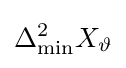
\Delta _{\mathrm {min} }^{2}X_{\vartheta }